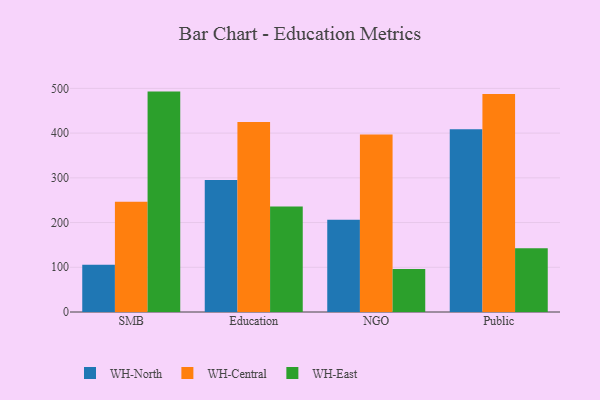
{"axis": {"x": "Segment", "y": "Headcount"}, "legend": ["WH-Central", "WH-East", "WH-North"], "data": [{"x": "SMB", "y": 105.8, "type": "WH-North"}, {"x": "SMB", "y": 246.5, "type": "WH-Central"}, {"x": "SMB", "y": 492.8, "type": "WH-East"}, {"x": "Education", "y": 295.4, "type": "WH-North"}, {"x": "Education", "y": 424.7, "type": "WH-Central"}, {"x": "Education", "y": 236.0, "type": "WH-East"}, {"x": "NGO", "y": 206.5, "type": "WH-North"}, {"x": "NGO", "y": 397.0, "type": "WH-Central"}, {"x": "NGO", "y": 96.1, "type": "WH-East"}, {"x": "Public", "y": 408.8, "type": "WH-North"}, {"x": "Public", "y": 487.6, "type": "WH-Central"}, {"x": "Public", "y": 142.7, "type": "WH-East"}]}